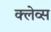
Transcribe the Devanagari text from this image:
क्लेव्स